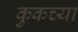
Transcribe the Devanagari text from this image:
कुकच्या